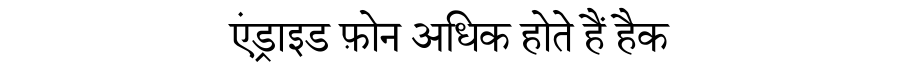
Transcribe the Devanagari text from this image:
एंड्राइड फ़ोन अधिक होते हैं हैक